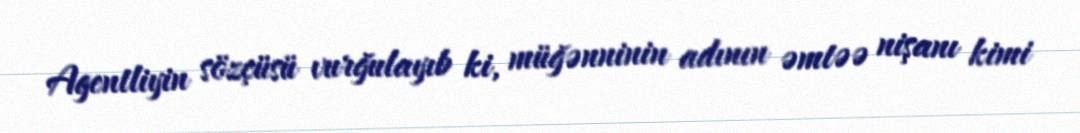
Agentliyin sözçüsü vurğulayıb ki, müğənninin adının əmtəə nişanı kimi